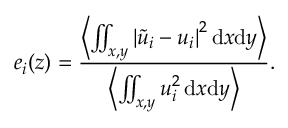
e _ { i } ( z ) = \frac { \left\langle \iint _ { x , y } { \left| \tilde { u } _ { i } - u _ { i } \right| } ^ { 2 } \, \mathrm { d } x \mathrm { d } y \right\rangle } { \left\langle \iint _ { x , y } u _ { i } ^ { 2 } \, \mathrm { d } x \mathrm { d } y \right\rangle } .